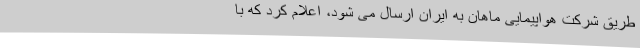
طریق شرکت هواپیمایی ماهان به ایران ارسال می شود، اعلام کرد که با